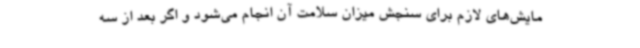
مایش‌های لازم برای سنجش میزان سلامت آن انجام می‌شود و اگر بعد از سه